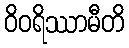
ဝိဝရိဿာမီတိ